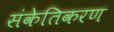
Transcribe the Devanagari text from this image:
संकेतिकरण